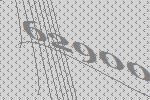
62900